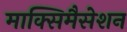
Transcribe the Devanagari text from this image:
माक्सिमैसेशन